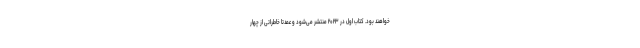
خواهند بود. کتاب اول در ۲۰۲۳ منتشر می‌شود و عمدتا خاطراتی از چهار